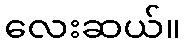
လေးဆယ်။